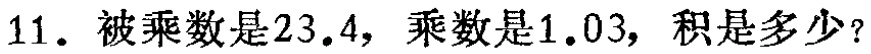
11. 被乘数是$23.4$，乘数是$1.03$，积是多少？